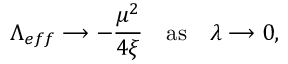
\Lambda _ { e f f } \longrightarrow - \frac { \mu ^ { 2 } } { 4 \xi } \quad \mathrm { a s } \quad \lambda \longrightarrow 0 ,